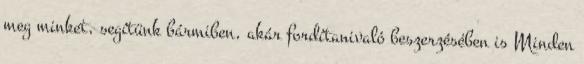
meg minket, segítünk bármiben, akár fordítanivaló beszerzésében is Minden